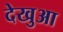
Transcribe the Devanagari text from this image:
देखुआ